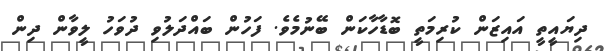
ދިޔައީތީ އައިޒަން ކުރިމަތީ ބޮޑާހާކަން ބޭނުމެވެ. ފަހުން ބައްދަލުވި ދުވަހު ލީވާން ދިން